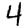
Digit: 4